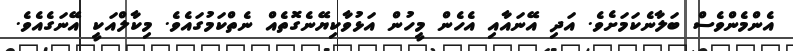
އެންމެންވެސް ބަލާނެކަމަށެވެ. އަދި އޭނައާއި އެހެން މީހުން އަޅުވާކިޔޭނެގޮތެއް ނެތްކަމުގައެވެ. މިކާލްއަކީ އޭނަގެއެވެ.